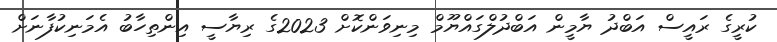
ކުރީގެ ރައީސް އަބްދު ޔާމީން އަބްދުލްގައްޔޫމް މިނިވަންކޮށް 2023ގެ ރިޔާސީ އިންތިހާބު އެމަނިކުފާނަށް